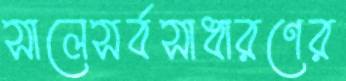
সালেসর্বসাধারণের